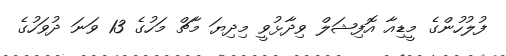
ފުލުހުންގެ މީޑިއާ އޮފިޝަލް ވިދާޅުވީ މިދިޔަ މާޗް މަހުގެ 13 ވަނަ ދުވަހުގެ